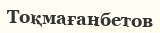
Тоқмағанбетов